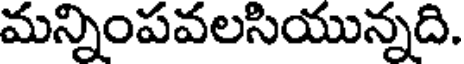
మన్నింపవలసియున్నది.